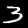
Label: 3